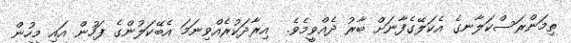
ތިމަންރަސްކަލާނގެ އެކަލޭގެފާނަށް ބާރު ދެއްވީމެވެ.  އިރާދަކުރެއްވިނަމަ އެބޭކަލުންގެ ފަހުން އައި މީހުން